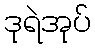
ဒုရဲအုပ်